Annual administration and progress report of the Indian Medical Department, Bombay
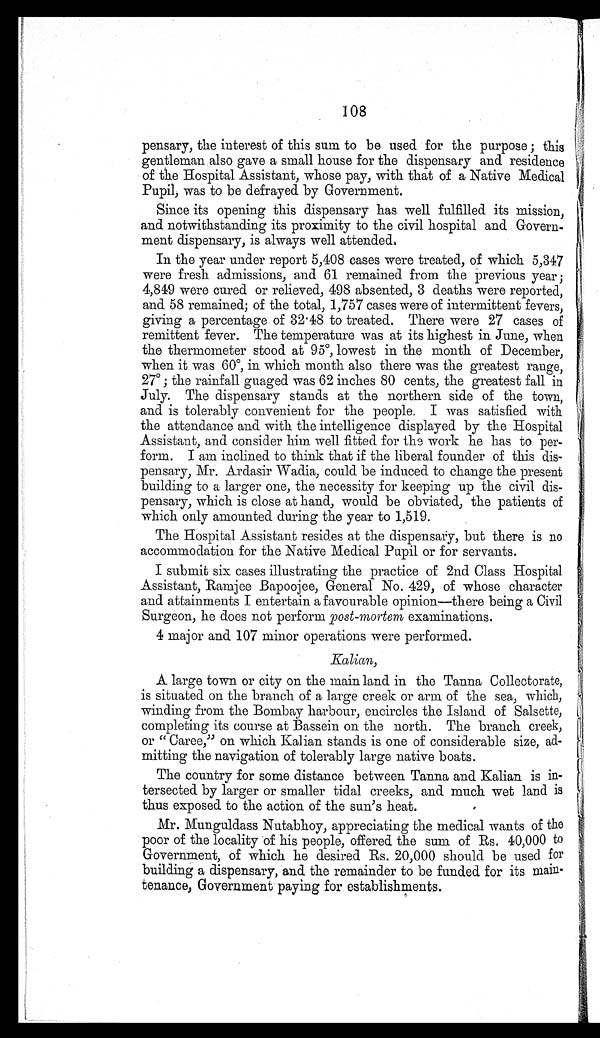
108
pensary, the interest of this sum to be used for the purpose ; this
gentleman also gave a small house for the dispensary and residence
of the Hospital Assistant, whose pay, with that of a Native Medical
Pupil, was to be defrayed by Government.
Since its opening this dispensary has well fulfilled its mission,
and notwithstanding its proximity to the civil hospital and Govern-
ment dispensary, is always well attended.
In the year under report 5,408 cases were treated, of which 5,347
were fresh admissions, and 61 remained from the previous year;
4,849 were cured or relieved, 498 absented, 3 deaths were reported,
and 58 remained; of the total, 1,757 cases were of intermittent fevers,
giving a percentage of 32.48 to treated. There were 27 cases of
remittent fever. The temperature was at its highest in June, when
the thermometer stood at 95º, lowest in the month of December,
when it was 60º, in which month also there was the greatest range,
27º; the rainfall guaged was 62 inches 80 cents, the greatest fall in
July. The dispensary stands at the northern side of the town,
and is tolerably convenient for the people. I was satisfied with
the attendance and with the intelligence displayed by the Hospital
Assistant, and consider him well fitted for the work he has to per-
form. I am inclined to think that if the liberal founder of this dis-
pensary, Mr. Ardasir Wadia, could be induced to change the present
building to a larger one, the necessity for keeping up the civil dis-
pensary, which is close at hand, would be obviated, the patients of
which only amounted during the year to 1,519.
The Hospital Assistant resides at the dispensary, but there is no
accommodation for the Native Medical Pupil or for servants.
I submit six cases illustrating the practice of 2nd Class Hospital
Assistant, Ramjee Bapoojee, General No. 429, of whose character
and attainments I entertain a favourable opinion—there being a Civil
Surgeon, he does not perform post-mortem examinations.
4 major and 107 minor operations were performed.
Kalian,
A large town or city on the main land in the Tanna Collectorate,
is situated on the branch of a large creek or arm of the sea, which,
winding from the Bombay harbour, encircles the Island of Salsette,
completing its course at Bassein on the north. The branch creek,
or "Caree,'' on which Kalian stands is one of considerable size, ad-
mitting the navigation of tolerably large native boats.
The country for some distance between Tanna and Kalian is in-
tersected by larger or smaller tidal creeks, and much wet land is
thus exposed to the action of the sun's heat.
Mr. Munguldass Nutabhoy, appreciating the medical wants of the
poor of the locality of his people, offered the sum of Rs. 40,000 to
Government, of which he desired Rs. 20,000 should be used for
building a dispensary, and the remainder to be funded for its main-
tenance, Government paying for establishments.